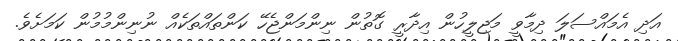
އަދި އެމައްސަލަ ދިމާވީ މަޖިލީހުން އިދާރީ ގޮތުން ނިންމަންޖެހޭ ކަންތައްތަކެއް ނުނިންމުމުން ކަމަށެވެ.